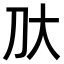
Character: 𫥰